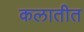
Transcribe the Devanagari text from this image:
कलातीत